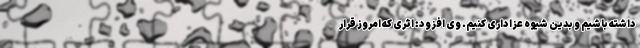
داشته باشیم و بدین شیوه عزاداری کنیم. وی افزود: اثری که امروز قرار